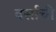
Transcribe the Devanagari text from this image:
वर्साची